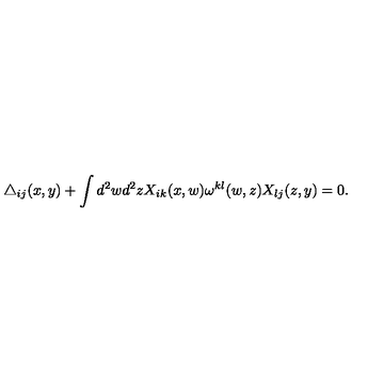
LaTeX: \triangle _ { i j } ( x , y ) + \int d ^ { 2 } w d ^ { 2 } z X _ { i k } ( x , w ) \omega ^ { k l } ( w , z ) X _ { l j } ( z , y ) = 0 .